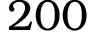
2 0 0